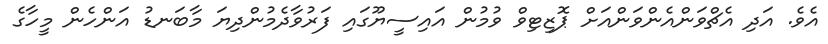
އެވެ. އަދި އެޗްވަންއެންވަންއަށް ޕޮޒިޓިވް ވުމުން އައިސީޔޫގައި ފަރުވާދެމުންދިޔަ މާބަނޑު އަންހެން މީހާގެ